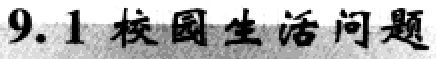
\textbf{9.1 校园生活问题}